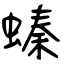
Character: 螓